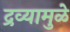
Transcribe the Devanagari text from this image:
द्रव्यामुळे